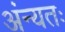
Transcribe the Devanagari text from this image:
अंन्यतः